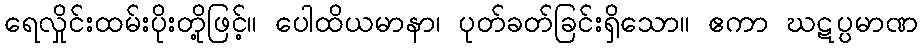
ရေလှိုင်းထမ်းပိုးတို့ဖြင့်။ ပေါထိယမာနာ၊ ပုတ်ခတ်ခြင်းရှိသော။ ဧကာ ဃဋပ္ပမာဏ